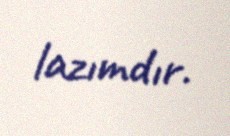
lazımdır.